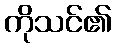
ကိုသင်၏